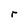
Character: r